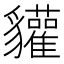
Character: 貛